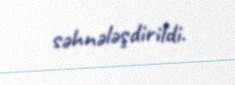
səhnələşdirildi.